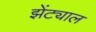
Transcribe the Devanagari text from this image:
झेंट्याल